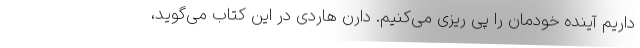
داریم آینده خودمان را پی ریزی می‌کنیم. دارن هاردی در این کتاب می‌گوید،